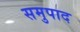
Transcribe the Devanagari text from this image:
समुपाद